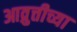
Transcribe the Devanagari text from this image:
आव्रुत्तीच्या